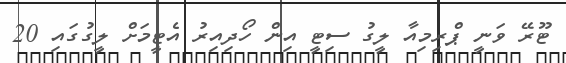
ޓޫރޭ ވަނީ ޕްރިމިއާ ލީގު ސިޓީ އިން ހޯދިއިރު އެޓީމަށް ލީގުގައި 20